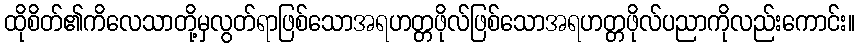
ထိုစိတ်၏ကိလေသာတို့မှလွတ်ရာဖြစ်သောအရဟတ္တဖိုလ်ဖြစ်သောအရဟတ္တဖိုလ်ပညာကိုလည်းကောင်း။